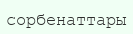
сорбенаттары